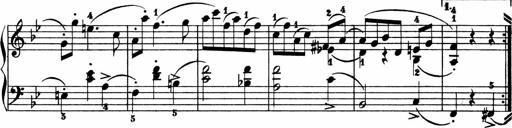
Title: 2 instructive Sonatinen
Composer: Paul Schumacher